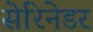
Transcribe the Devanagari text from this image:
सेरिनेडर